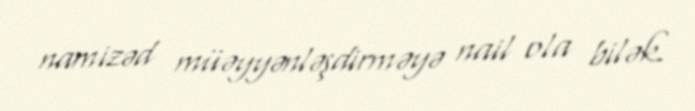
namizəd müəyyənləşdirməyə nail ola bilək.